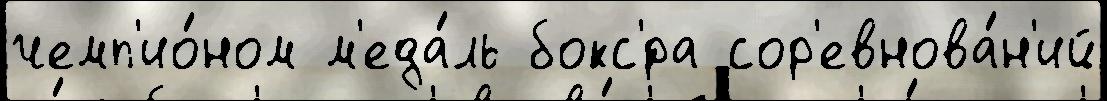
чемп'ио́ном м'еда́ль бокс'́ра сор'евнова́н'ий